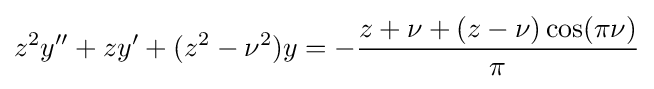
z^{2}y^{\prime \prime }+zy^{\prime }+(z^{2}-\nu ^{2})y=-{\frac {z+\nu +(z-\nu )\cos(\pi \nu )}{\pi }}